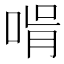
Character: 𠵭